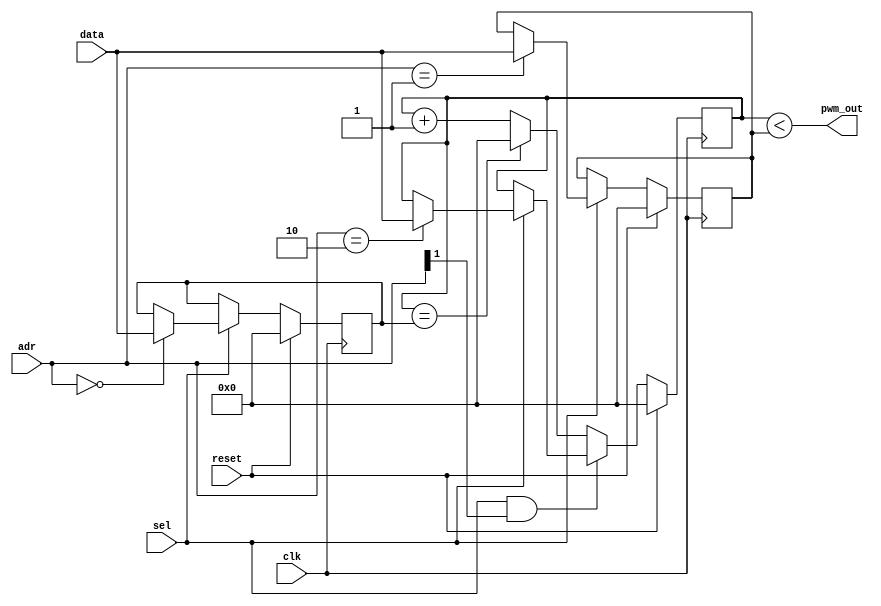
module pwm_output_stage (clk, reset, sel, adr, data, pwm_out);
  parameter REG_WIDTH = 32; 
  parameter ADR_FREQ = 2'b00; 
  parameter ADR_ON = 2'b01;
  parameter ADR_COUNTER = 2'b10;
  input clk;
  input reset;
  input sel;
  input [1:0] adr;
  input [REG_WIDTH-1:0] data;
  output pwm_out;
  reg [REG_WIDTH-1:0] cycle;
  reg [REG_WIDTH-1:0] on_time;
  reg [REG_WIDTH-1:0] counter;
  assign pwm_out = (counter < on_time);
  always @(posedge clk) begin
    if (reset) begin
	    cycle <= {(REG_WIDTH){1'b0}}; 
	    on_time <= {(REG_WIDTH){1'b0}}; 
	    counter <= {(REG_WIDTH){1'b0}}; 
	 end else begin
	   if (sel) begin
	     case (adr) 
		    ADR_FREQ: cycle <= data;
		    ADR_ON: on_time <= data;
		    ADR_COUNTER: counter <= data;
		  endcase
	   end
		if (!(sel && adr[1])) begin 
	  	  if (counter == cycle)
		    counter <= {(REG_WIDTH){1'b0}}; 
		  else
		    counter <= counter + 1;
		end
	 end
  end
endmodule